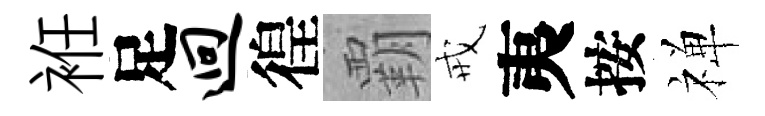
袵足迥徨覇戒夷按禅